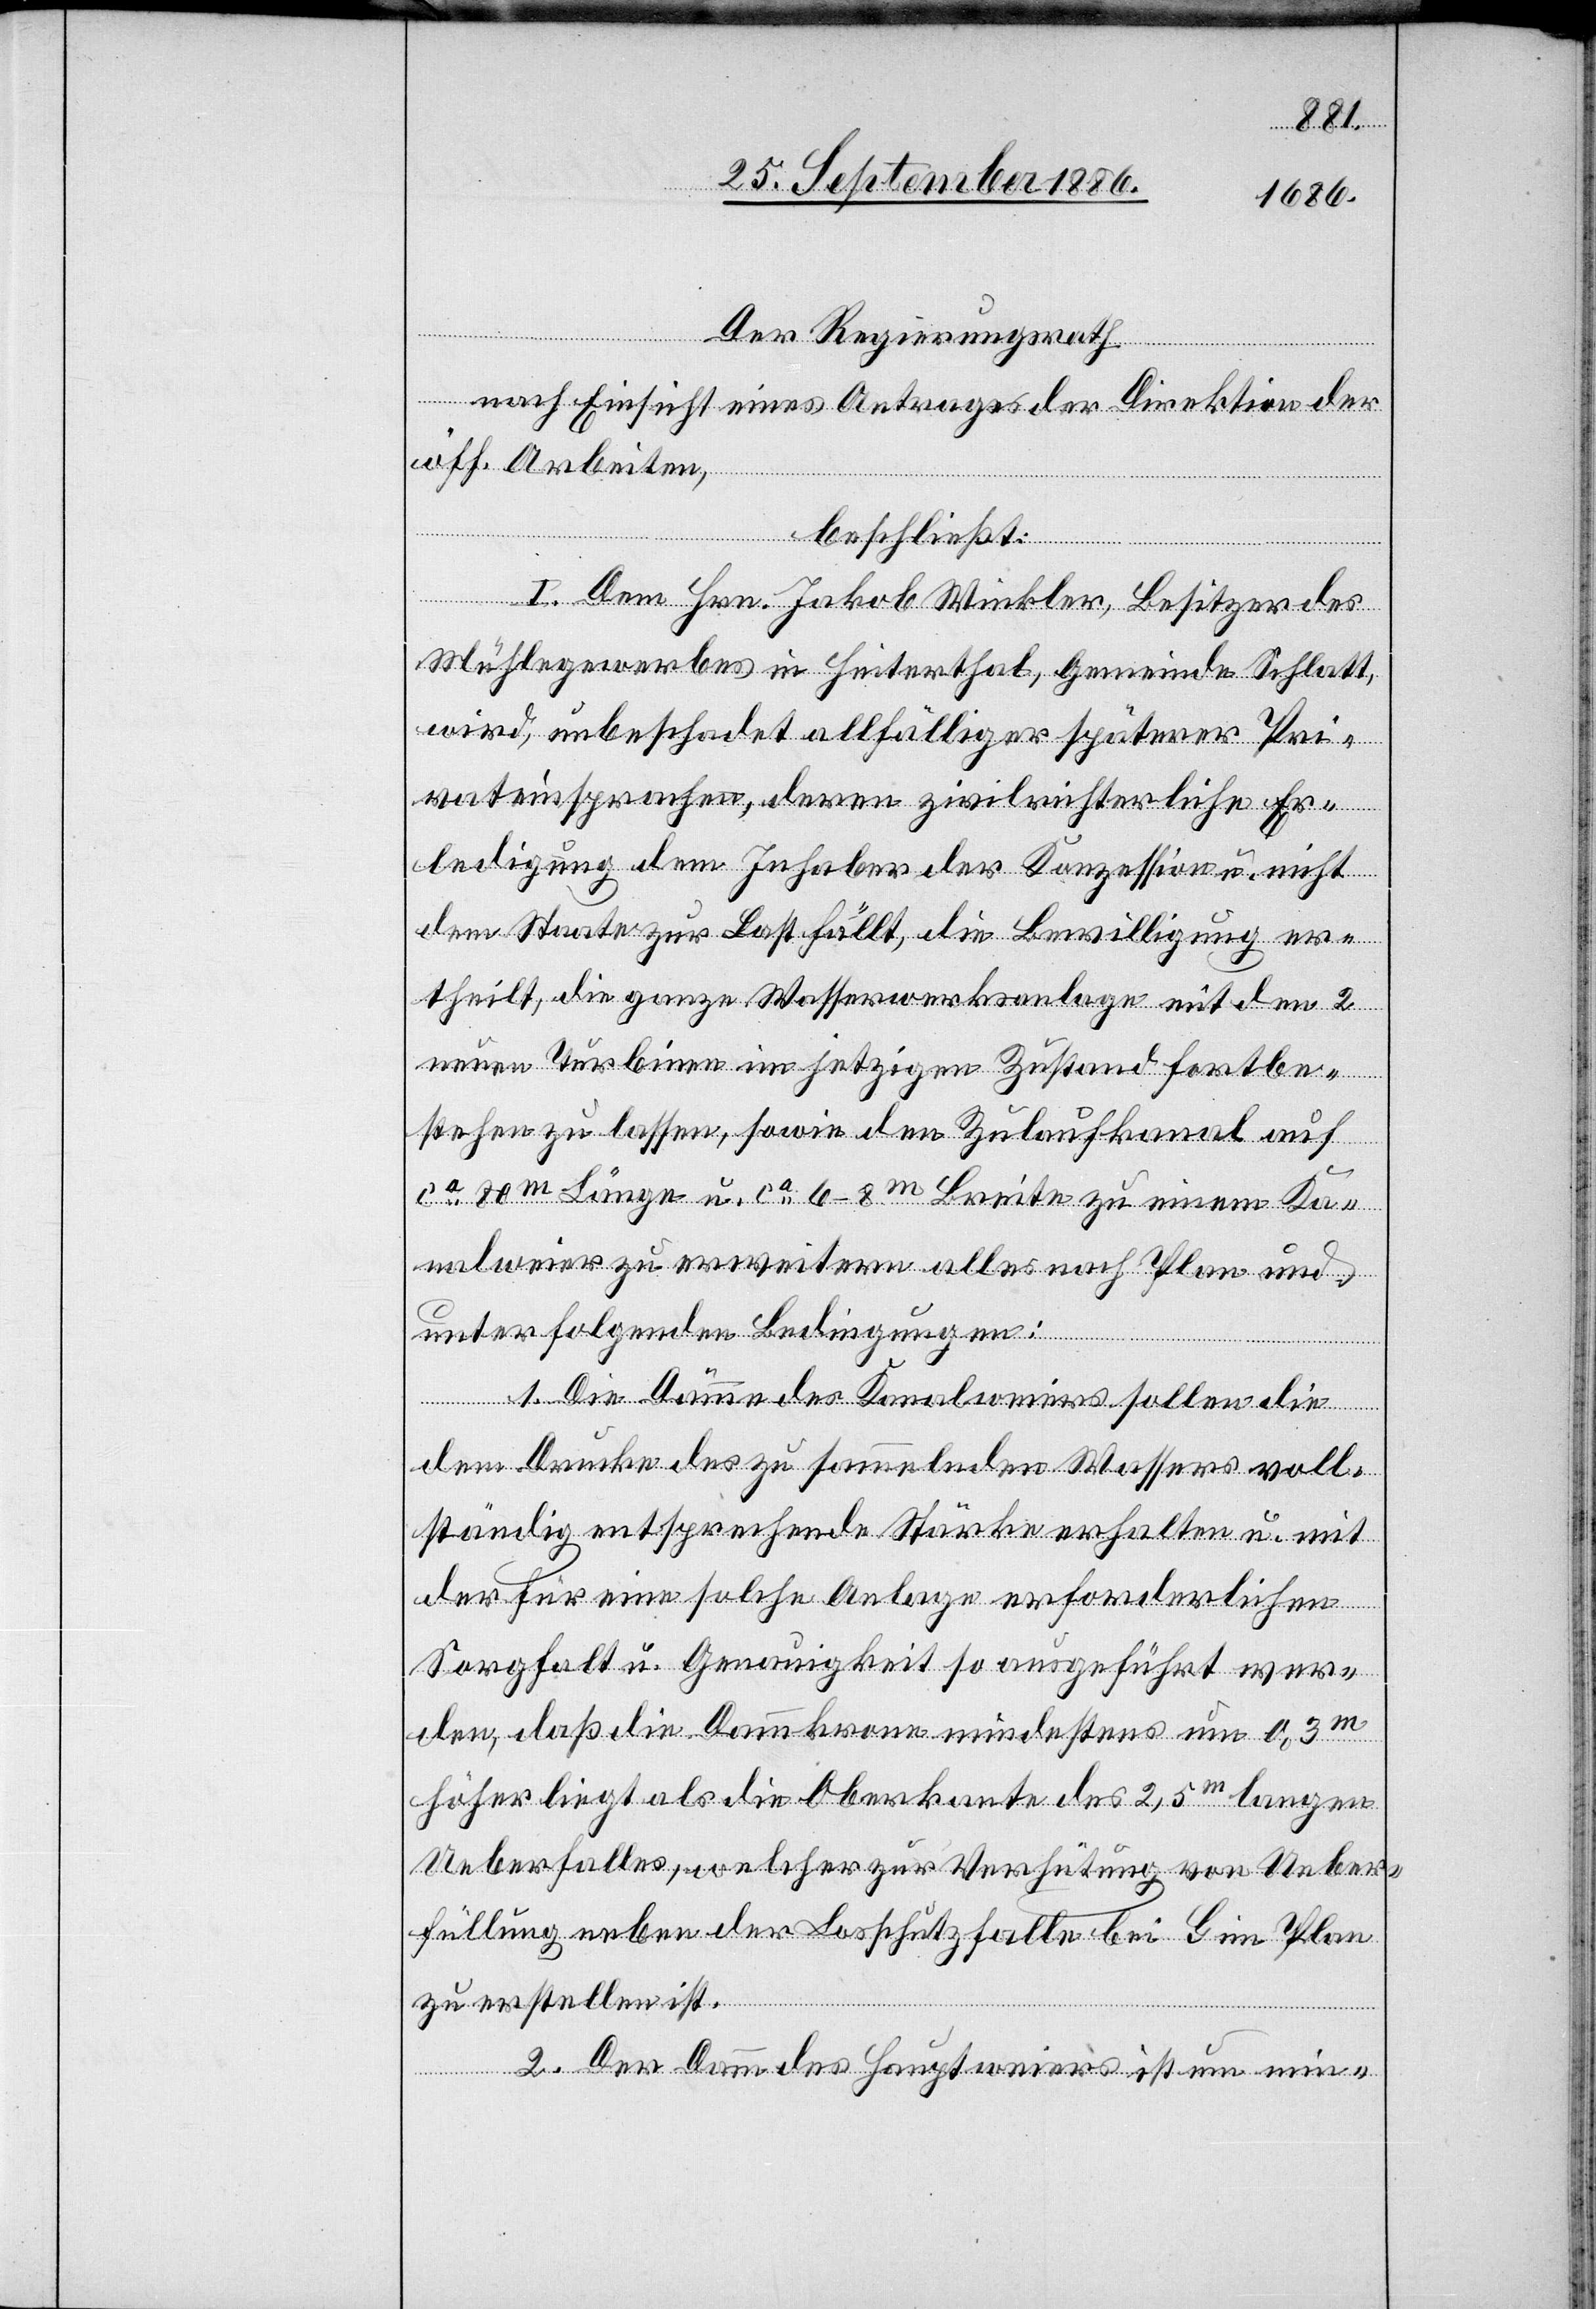
Der Regierungsrath
nach Einsicht eines Antrages der Direktion der
öff. Arbeiten,
beschließt:
I. Dem Hrn. Jakob Winkler, Besitzer des
Mühlegewerbes in Heiterthal, Gemeinde Schlatt,
wird, unbeschadet allfälliger späterer Pri¬
vateinsprachen, deren zivilrichterliche Er¬
ledigung dem Inhaber der Konzession u. nicht
dem Staate zur Last fällt, die Bewilligung er¬
theilt, die ganze Wasserwerksanlage mit den 2
neuen Turbinen im jetzigen Zustand fortbe¬
stehen zu lassen, sowie den Zulaufkanal auf
ca 80m Länge u. ca 6–8m Breite zu einem Ka¬
nalweier zu erweitern alles nach Plan und
unter folgenden Bedingungen:
1. Die Dämme des Kanalweiers sollen die
dem Drucke des zu sammelnden Wassers voll¬
ständig entsprechende Stärke erhalten u. mit
der für eine solche Anlage erforderlichen
Sorgfalt u. Genauigkeit so ausgeführt wer¬
den, daß die Dammkrone mindestens um 0,3m
höher liegt als die Oberkante des 2,5m langen
Ueberfalles, welcher zur Verhütung von Ueber¬
füllung neben der Losschutzfalle bei G im Plan
zu erstellen ist.
2. Der Damm des Hauptweiers ist um min-